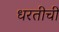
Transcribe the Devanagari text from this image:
धरतीची